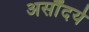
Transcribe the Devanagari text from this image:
असौंदर्य